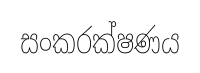
සංකරක්ෂණය